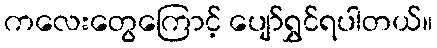
ကလေးတွေကြောင့် ပျော်ရွှင်ရပါတယ်။